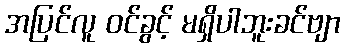
အပြင်လူ ဝင်ခွင့် မရှိပါဘူးခင်ဗျာ